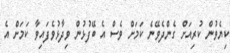
ކިޔެވުން ކުރިއަށް ގެންދެވޭނެ ކަމަށް ވެސް އެ ބޭފުޅުން ވިދާޅުވެފައިވާ ކަމަށް އެ